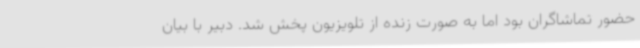
حضور تماشاگران بود اما به صورت زنده از تلویزیون پخش شد. دبیر با بیان